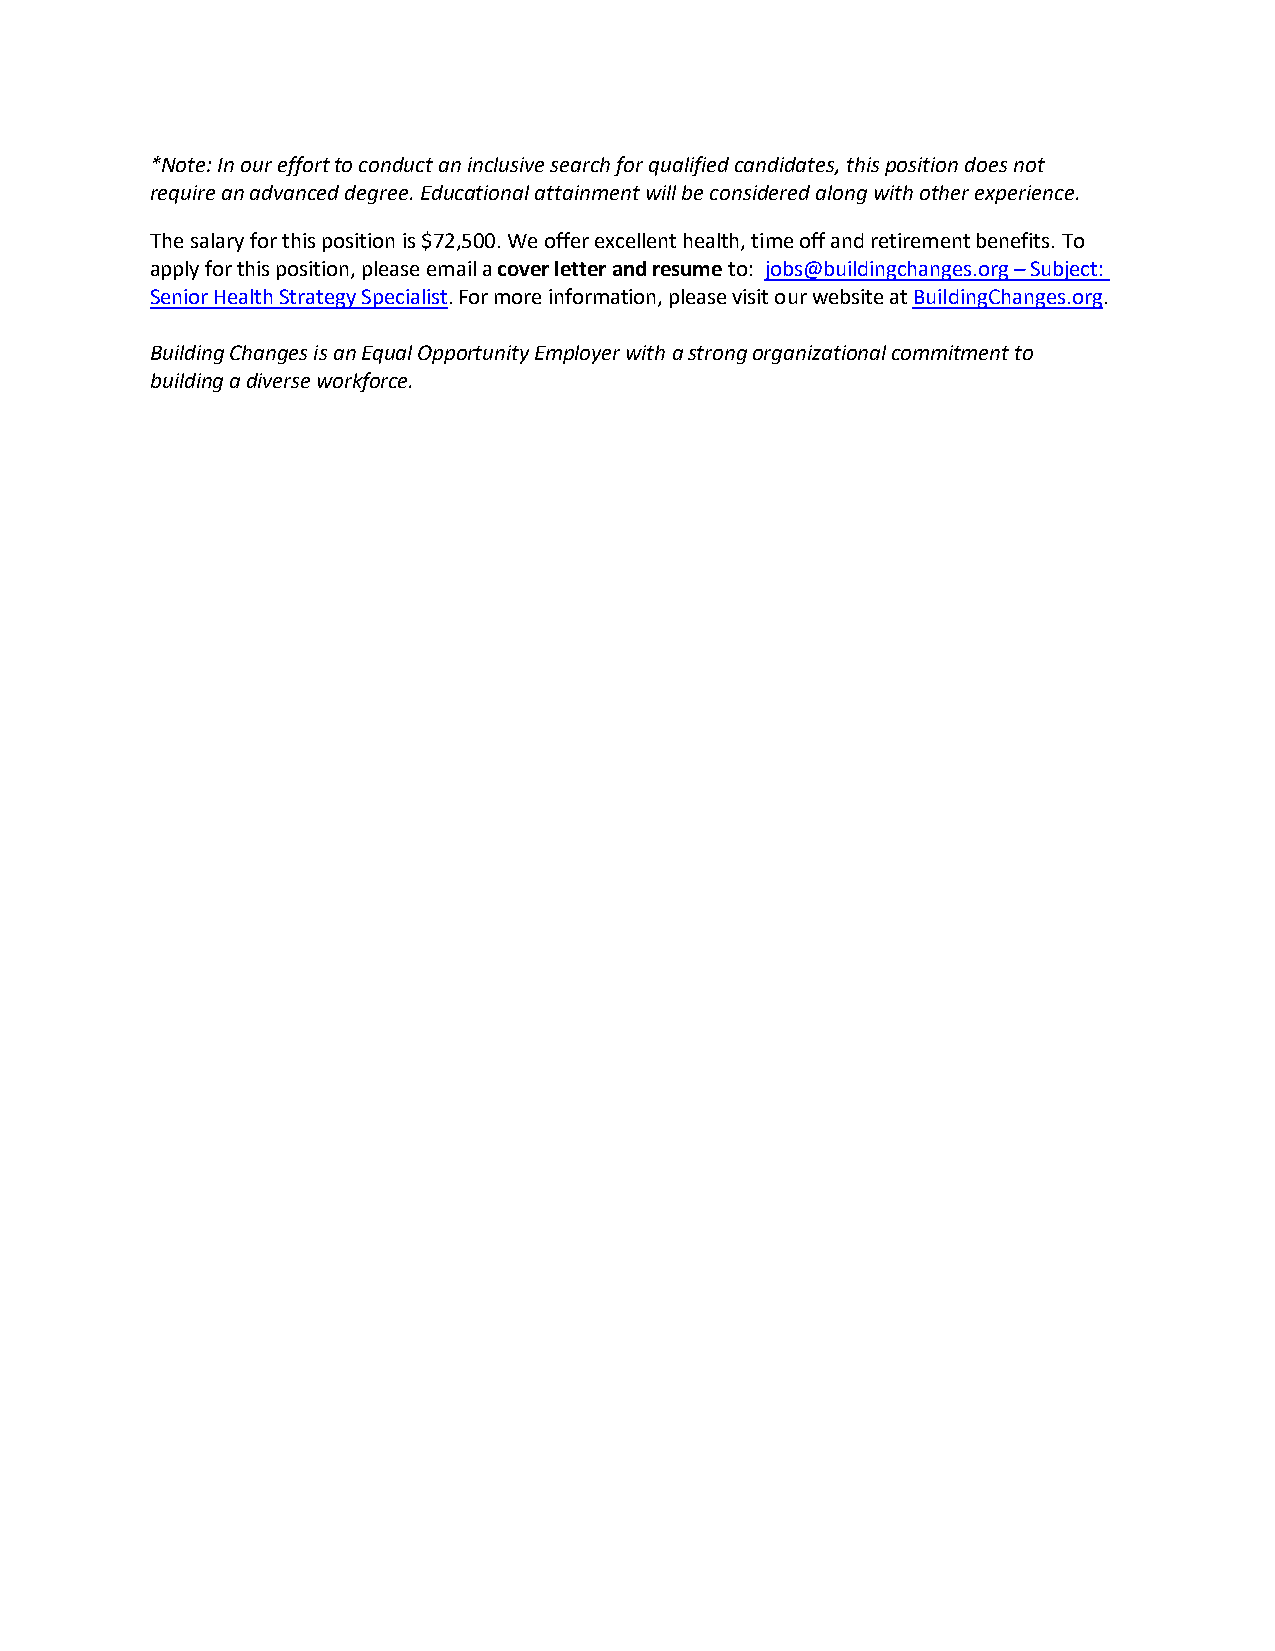
*Note: In our effort to conduct an inclusive search for qualified candidates, this position does not
 require an advanced degree. Educational attainment will be considered along with other experience.
 The salary for this position is $72,500. We offer excellent health, time off and retirement benefits. To
 apply for this position, please email a cover letter and resume to: jobs@buildingchanges.org – Subject:
 Senior Health Strategy Specialist. For more information, please visit our website at BuildingChanges.org.
 Building Changes is an Equal Opportunity Employer with a strong organizational commitment to
 building a diverse workforce.